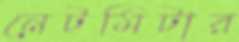
নেটমিটার